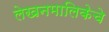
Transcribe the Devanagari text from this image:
लेखनमालिकेचे